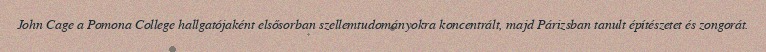
John Cage a Pomona College hallgatójaként elsősorban szellemtudományokra koncentrált, majd Párizsban tanult építészetet és zongorát.